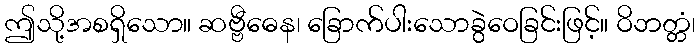
ဤသို့အစရှိသော။ ဆဗ္ဗီဓေန၊ ခြောက်ပါးသောခွဲဝေခြင်းဖြင့်။ ဝိဘတ္တံ၊